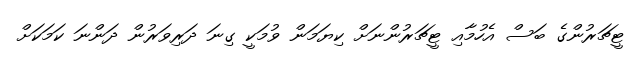
ޓީޗަރުންގެ ބަސް އެހުމާއި ޓީޗަރުންނަށް ކިޔަމަން ވުމަކީ ގިނަ ދަރިވަރުން ދަންނަ ކަމަކަށް